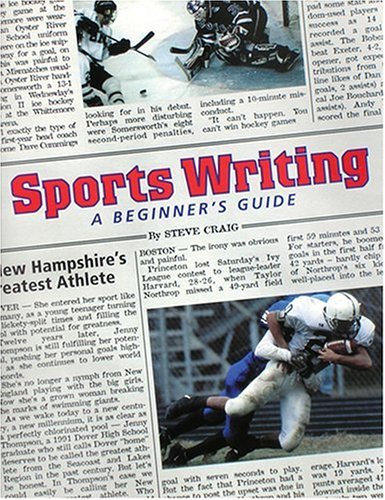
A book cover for Sports Writing: A Beginner's Guide; Steve Craig; Sports & Outdoors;